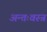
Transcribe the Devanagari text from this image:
अन्तःवस्त्र